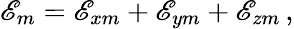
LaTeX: \mathscr{E}_{m}=\mathscr{E}_{xm}+\mathscr{E}_{ym}+\mathscr{E}_{zm}\, ,